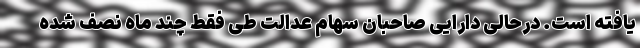
یافته است. درحالی دارایی صاحبان سهام عدالت طی فقط چند ماه نصف شده